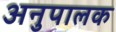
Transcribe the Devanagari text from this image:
अनुपालक